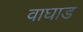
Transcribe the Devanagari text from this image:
वाघाड